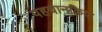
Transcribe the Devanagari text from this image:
पहचानक्रिया